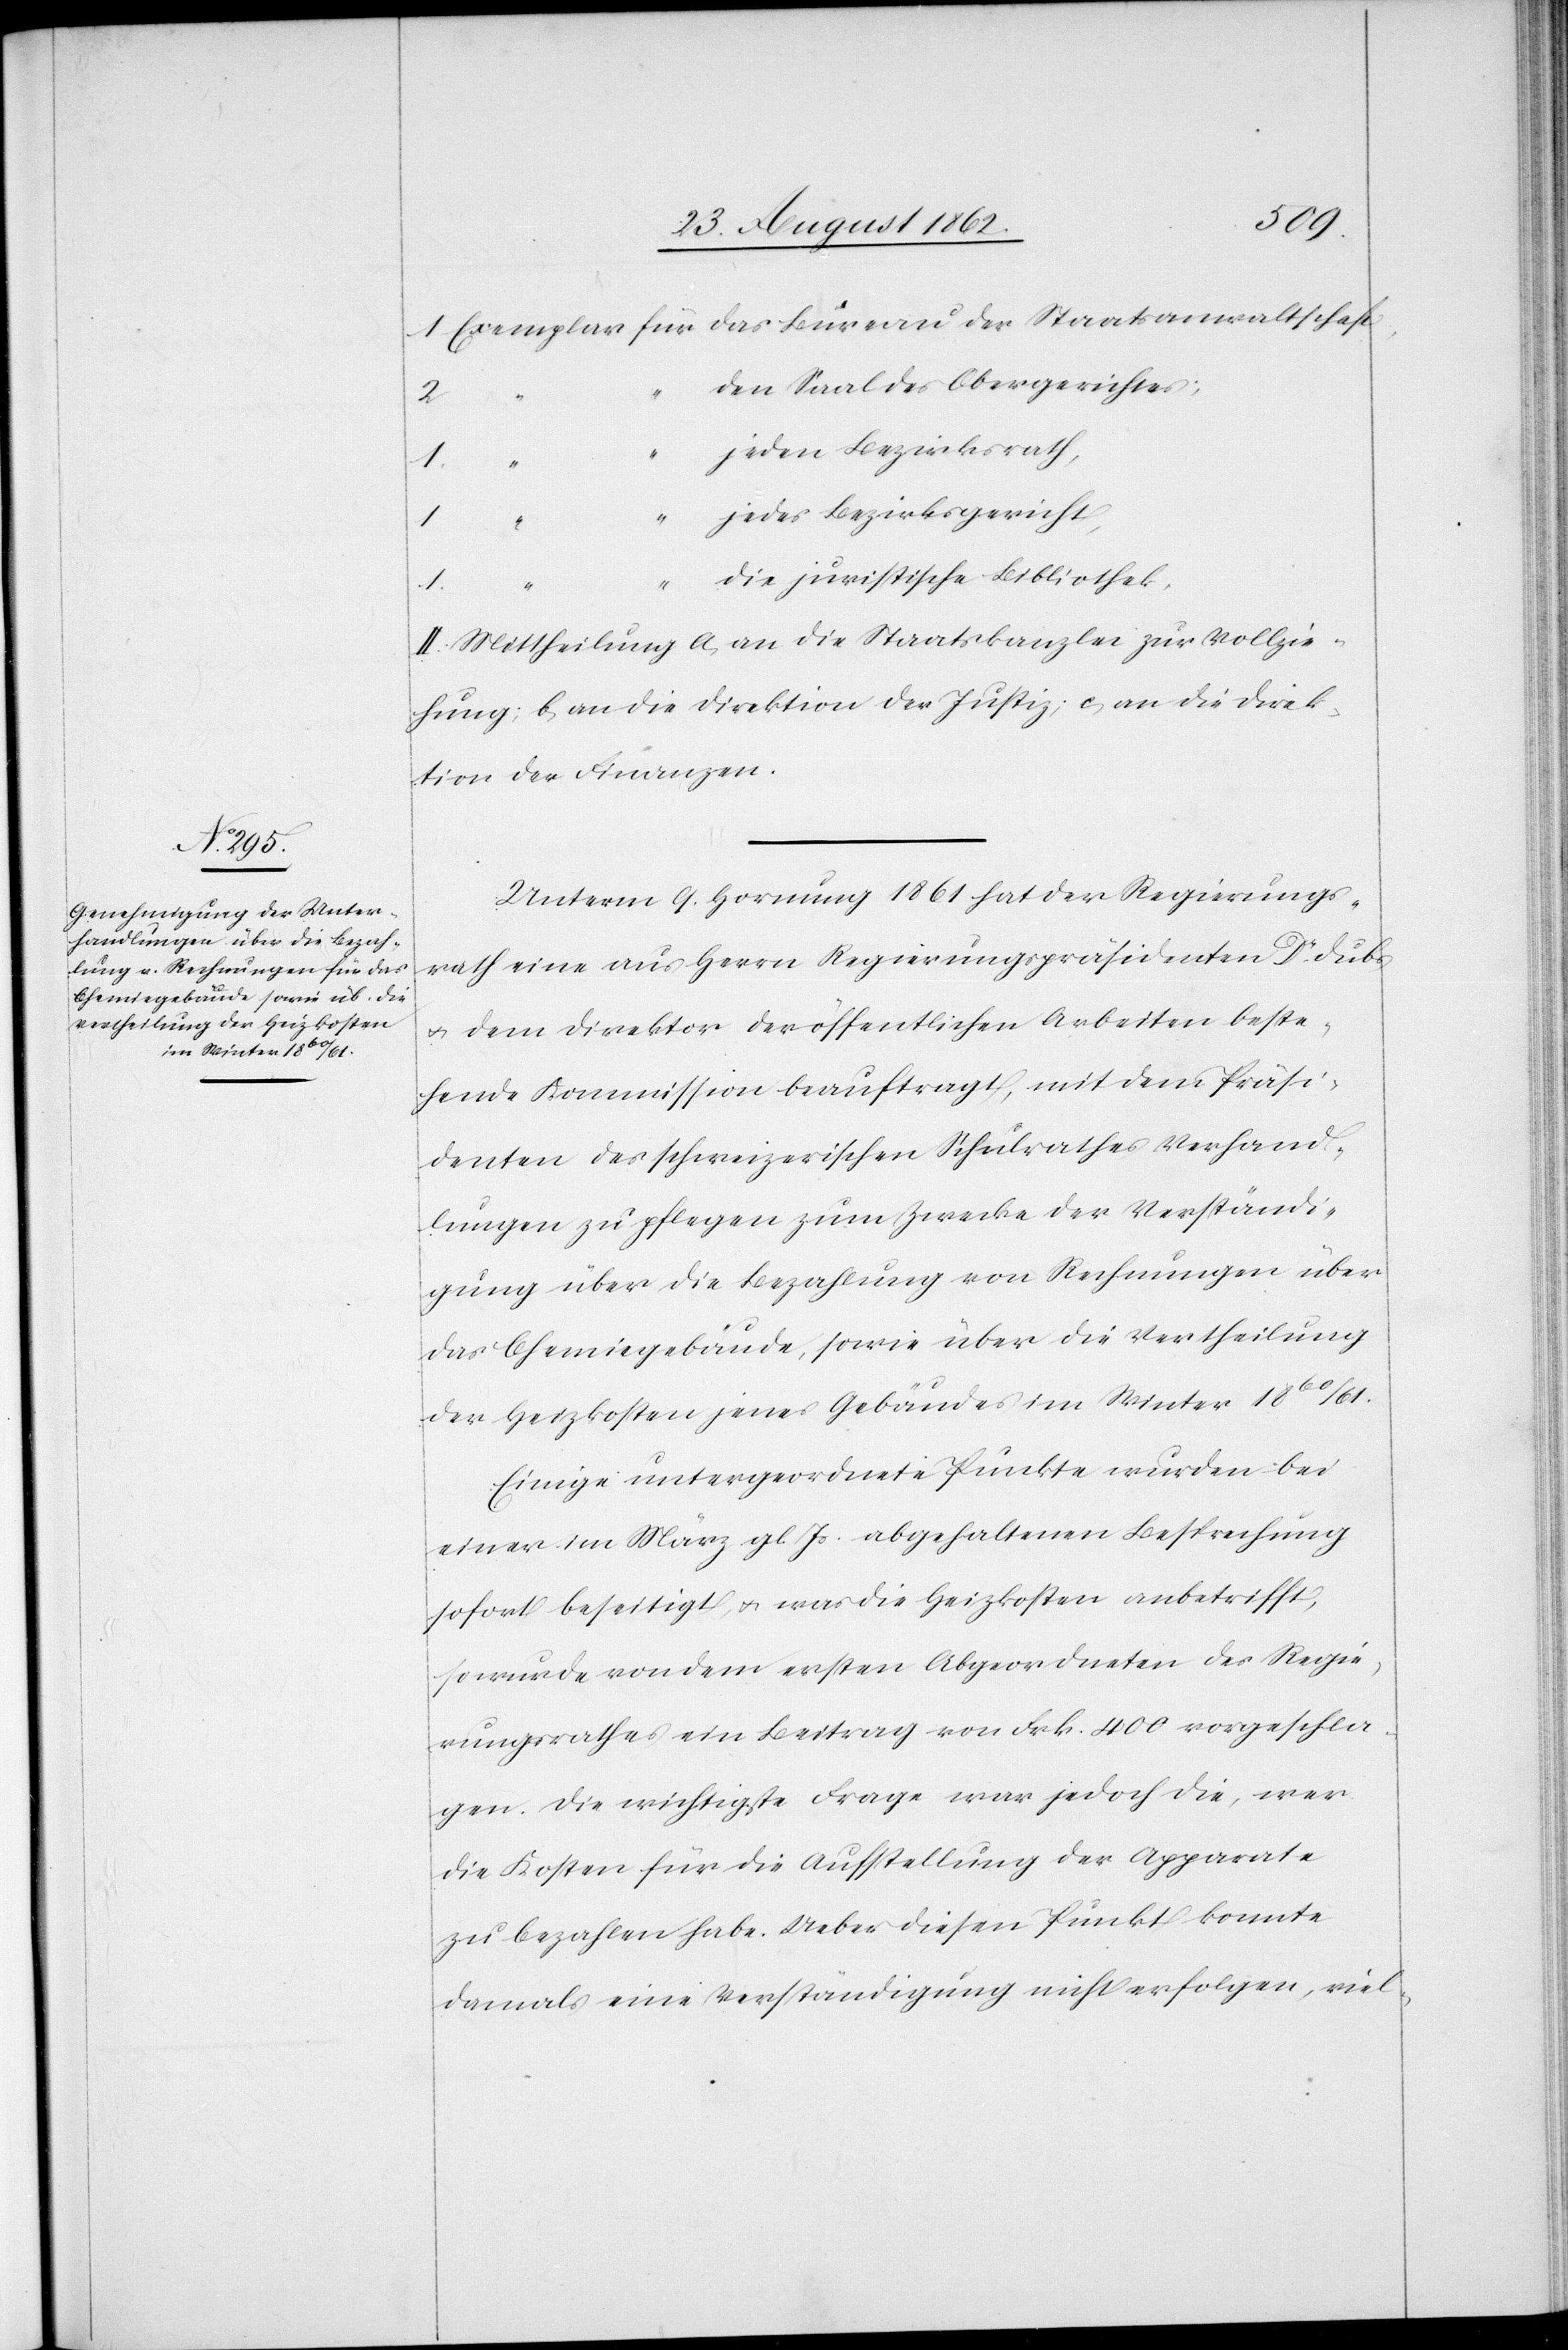
den Saal des Obergerichtes;
jeden Bezirksrath,
1
jedes Bezirksgericht,
“
“
die juristische Bibliothek.
II. Mittheilung a. an die Staatskanzlei zur Vollzie¬
hung; b. an die Direktion der Justiz; c. an die Direk¬
tion der Finanzen.
Unterm 9. Hornung 1861 hat der Regierungs¬
rath eine aus Herrn Regierungspräsidenten Dr. Dubs
u. dem Direktor der öffentlichen Arbeiten beste¬
hende Kommission beauftragt, mit dem Präsi¬
denten des schweizerischen Schulrathes Verhand¬
lungen zu pflegen zum Zwecke der Verständi¬
gung über die Bezahlung von Rechnungen über
das Chemiegebäude, sowie über die Vertheilung
der Heizkosten jenes Gebäudes im Winter 1860/61.
Einzige untergeordnete Punkte wurden bei
einer im März gl. Js. abgehaltenen Besprechung
sofort beseitigt, u. was die Heizkosten anbetrifft,
so wurde von dem ersten Abgeordneten des Regie¬
rungsrathes ein Beitrag von Frk. 400 vorgeschla¬
gen. Die wichtige Frage war jedoch die, wer
die Kosten für die Aufstellung der Apparate
zu bezahlen habe. Ueber diesen Punkt konnte
damals eine Verständigung nicht erfolgen, viel-